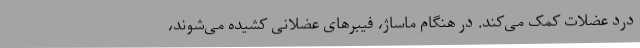
درد عضلات کمک می‌کند. در هنگام ماساژ، فیبرهای عضلانی کشیده می‌شوند،